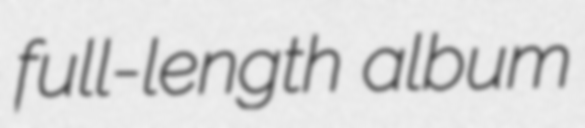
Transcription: full-length album